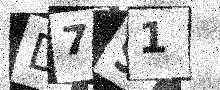
Text: D791